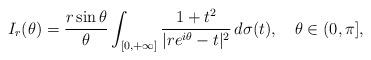
LaTeX: \begin{align*}I_{r}(\theta)=\frac{r\sin\theta}{\theta}\int_{[0,+\infty]}\frac{1+t^{2}}{|re^{i\theta}-t|^{2}}\,d\sigma(t),\quad\theta\in(0,\pi],\end{align*}